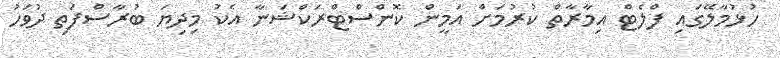
ހުޅުމާލޭގައި ފްލެޓް އިމާރާތް ކުރުމަށް އަމީން ކޮންސްޓްރަކްޝަނާ އެކު މިދިޔަ ބުރާސްފަތި ދުވަހު